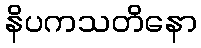
နိပကသတိနော